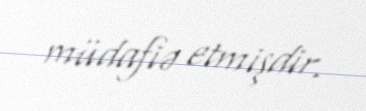
müdafiə etmişdir.